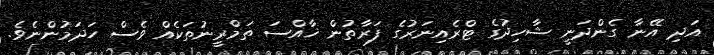
އަދި އޭނާ ގެންދަނީ ޝާހިދުގެ ޓްރެއިނަރުގެ ފަރާތުން ޚާއްސަ ތަމްރީނުތަކެއް ވެސް ހަދަމުންނެވެ.